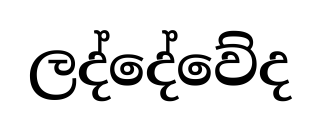
ලද්දේවේද